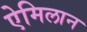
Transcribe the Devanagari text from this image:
ऐमिलान